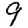
Digit: 9